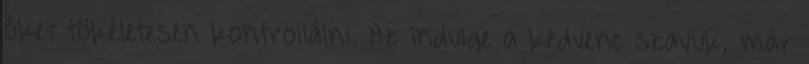
őket tökéletesen kontrollálni. Az indulge a kedvenc szavuk, már